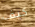
كيف